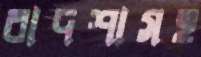
বাদশাসহ